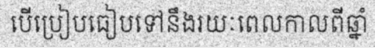
បើប្រៀបធៀបទៅនឹងរយៈពេលកាលពីឆ្នាំ